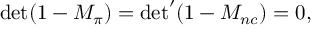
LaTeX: { \operatorname * { d e t } ( 1 - M _ { \pi } ) = { \operatorname * { d e t } } ^ { \prime } ( 1 - M _ { n c } ) = 0 , }